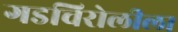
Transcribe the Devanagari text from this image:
गडचिरोलीला